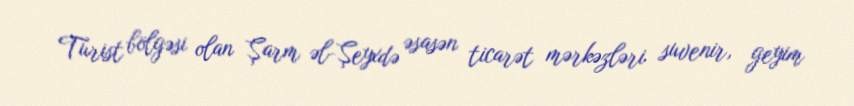
Turist bölgəsi olan Şarm əl-Şeyxdə əsasən ticarət mərkəzləri suvenir, geyim